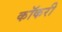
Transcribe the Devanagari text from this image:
कॉकरी